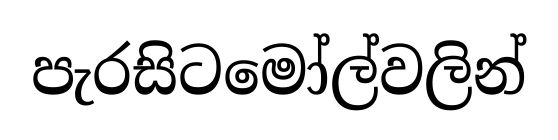
පැරසිටමෝල්වලින්